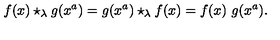
f ( x ) \star _ { \lambda } g ( x ^ { a } ) = g ( x ^ { a } ) \star _ { \lambda } f ( x ) = f ( x ) \ g ( x ^ { a } ) .